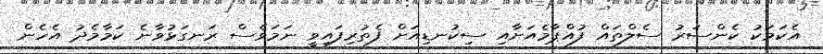
އެކަމަކު ކެންސަރު ސެލްތައް ފުއްޕާމެއަށާއި ސިކުނޑިއަށް ފެތުރިފައިވީ ނަމަވެސް ރަނގަޅުވާނެ ކަމާމެދު އެހެން